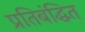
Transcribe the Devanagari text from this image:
प्रतिबंद्धित